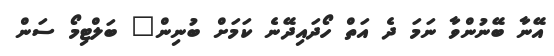
އޭނާ ބޭނުންވާ ނަމަ ދެ އަތް ހޯދައިދޭނެ ކަމަށް ބުނިން" ބަލްޓިމޯ ސަން